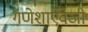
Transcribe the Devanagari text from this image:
गणेशाऐवजी